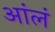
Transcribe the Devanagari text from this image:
आंलं